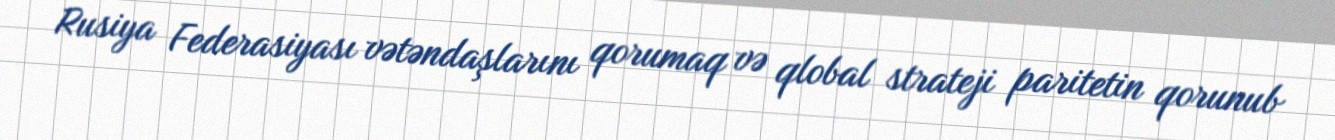
Rusiya Federasiyası vətəndaşlarını qorumaq və qlobal strateji paritetin qorunub